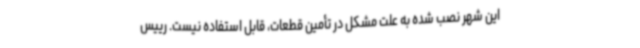
این شهر نصب شده به علت مشکل در تأمین قطعات، قابل استفاده نیست. رییس